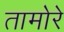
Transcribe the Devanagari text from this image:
तामोरे